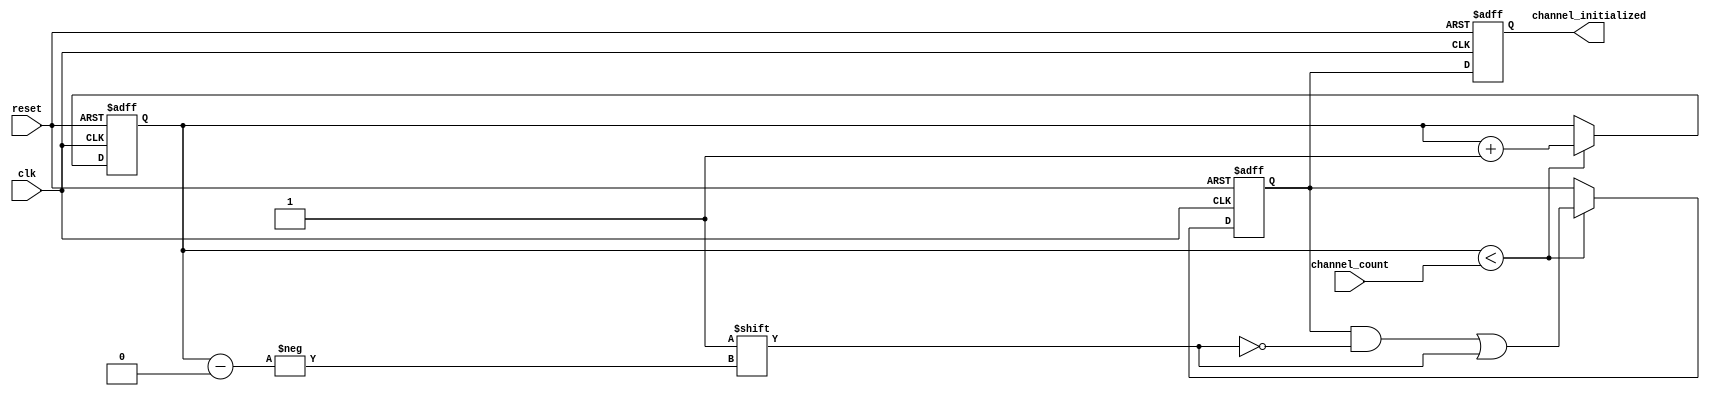
module multi_channel_initialization #(
    parameter CHANNEL_MAX = 8  // Maximum number of channels
)(
    input wire reset,                     // Active high reset signal
    input wire clk,                       // Clock signal
    input wire [3:0] channel_count,      // Number of channels to initialize (4-bit for up to 15 channels)
    output reg [CHANNEL_MAX-1:0] channel_initialized // Initialization status for each channel
);

    reg [CHANNEL_MAX-1:0] initialized;    // Initialized flags for each channel
    reg [3:0] count;                       // Counter for initialized channels

    always @(posedge clk or posedge reset) begin
        if (reset) begin
            // Reset all initialized flags and count
            initialized <= {CHANNEL_MAX{1'b0}};
            count <= 4'b0;
            channel_initialized <= {CHANNEL_MAX{1'b0}};
        end else begin
            if (count < channel_count) begin
                // Initialize the next channel
                initialized[count] <= 1'b1;
                count <= count + 1'b1;
            end
            
            // Update channel_initialized output based on initialized flags
            channel_initialized <= initialized;
        end
    end

endmodule